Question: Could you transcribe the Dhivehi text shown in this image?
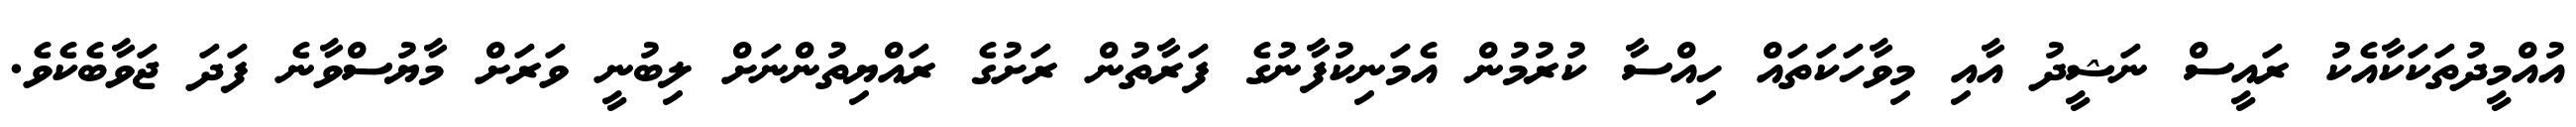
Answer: އުއްމީދުތަކަކާއެކު ރައީސް ނަޝީދު އާއި މިވާހަކަތައް ހިއްސާ ކުރުމުން އެމަނިކުފާނުގެ ފަރާތުން ރަށުގެ ރައްޔިތުންނަށް ލިބުނީ ވަރަށް މާޔުސްވާނެ ފަދަ ޖަވާބެކެވެ.